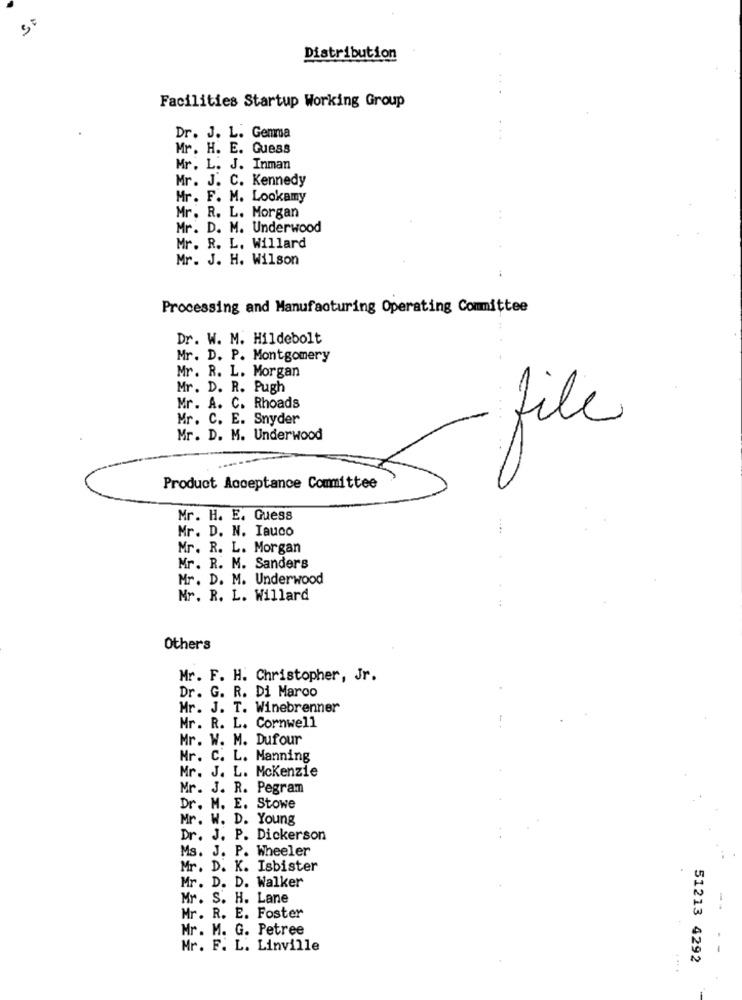
Distribution
Facilities Startup Working Group
Dr. J. L. Gemma
Mr. H. E. Guess
Mr. L. J. Inman
Mr. J. C. Kennedy
Mr. F. M. Lookamy
Mr. R. L. Morgan
Mr. D. M. Underwood
Mr. R. L. Willard
Mr. J. H. Wilson
Processing and Manufacturing Operating Committee
Dr. W. M. Hildebolt
Mr. D. P. Montgomery
Mr. R. L. Morgan
Mr. D. R. Pugh
Mr. A. C. Rhoads
Mr. C. E. Snyder
file
Mr. D. M. Underwood
Product Acceptance Committee
Mr. H. E. Guess
Mr. D. N. Iauco
Mr. R. L. Morgan
Mr. R. M. Sanders
Mr. D. M. Underwood
Nr. R. L. Willard
Others
Mr. F. H. Christopher, Jr.
Dr. G. R. Di Marco
Mr. J. T. Winebrenner
Mr. R. L. Cornwell
Mr. W. M. Dufour
Mr. C. L. Manning
Mr. J. L. Mckenzie
Mr. J. R. Pegram
Dr. M. E. Stowe
Mr. W. D. Young
Dr. J. P. Dickerson
Ms. J. P. Wheeler
Mr. D. K. Isbister
Mr. D. D. Walker
Mr. S. H. Lane
--
Mr. R. E. Foster
Mr. M. G. Petree
Mr. F. L. Linville
51213 4292
....